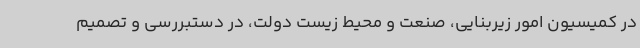
در کمیسیون امور زیربنایی، صنعت و محیط زیست دولت، در دستبررسی و تصمیم